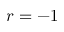
r = - 1